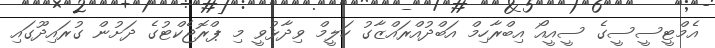
އެމްޓީސީސީގެ ސީއީއޯ އިބްރާހިމް އަބްދުއްރައްޒާގު ހަލީމް ވިދާޅުވީ މި ޕްރޮޖެކްޓުގެ ދަށުން ގުރައިދޫގައި